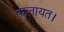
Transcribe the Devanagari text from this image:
कलायत।